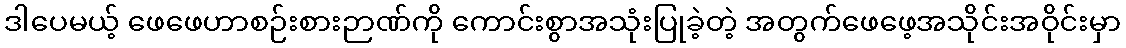
ဒါပေမယ့် ဖေဖေဟာစဉ်းစားဉာဏ်ကို ကောင်းစွာအသုံးပြုခဲ့တဲ့ အတွက်ဖေဖေ့အသိုင်းအဝိုင်းမှာ